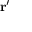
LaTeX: { \mathbf { r } } ^ { \prime }